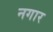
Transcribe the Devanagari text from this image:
नगार